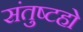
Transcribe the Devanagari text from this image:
संतुष्टहो